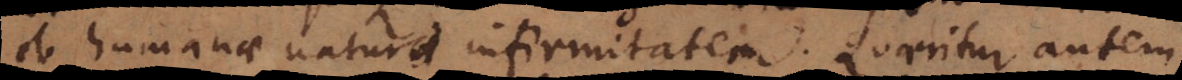
ob humanae naturae infirmitatem. Quaeritur autem